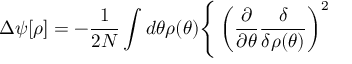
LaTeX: \Delta \psi [ \rho ] = - \frac { 1 } { 2 N } \int d \theta \rho ( \theta ) \Bigg \{ \left( \frac { \partial } { \partial \theta } \frac { \delta } { \delta \rho ( \theta ) } \right) ^ { 2 }